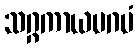
သဂ္ဂကာယမဂမံ